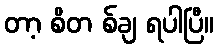
တာ့ စိတ စ်ချ ရပါပြီ။